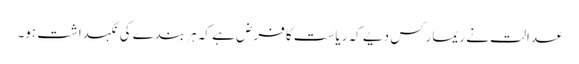
عدالت نے ریمارکس دیے کہ ریاست کا فرض ہے کہ ہر بندے کی نگہداشت ہو۔